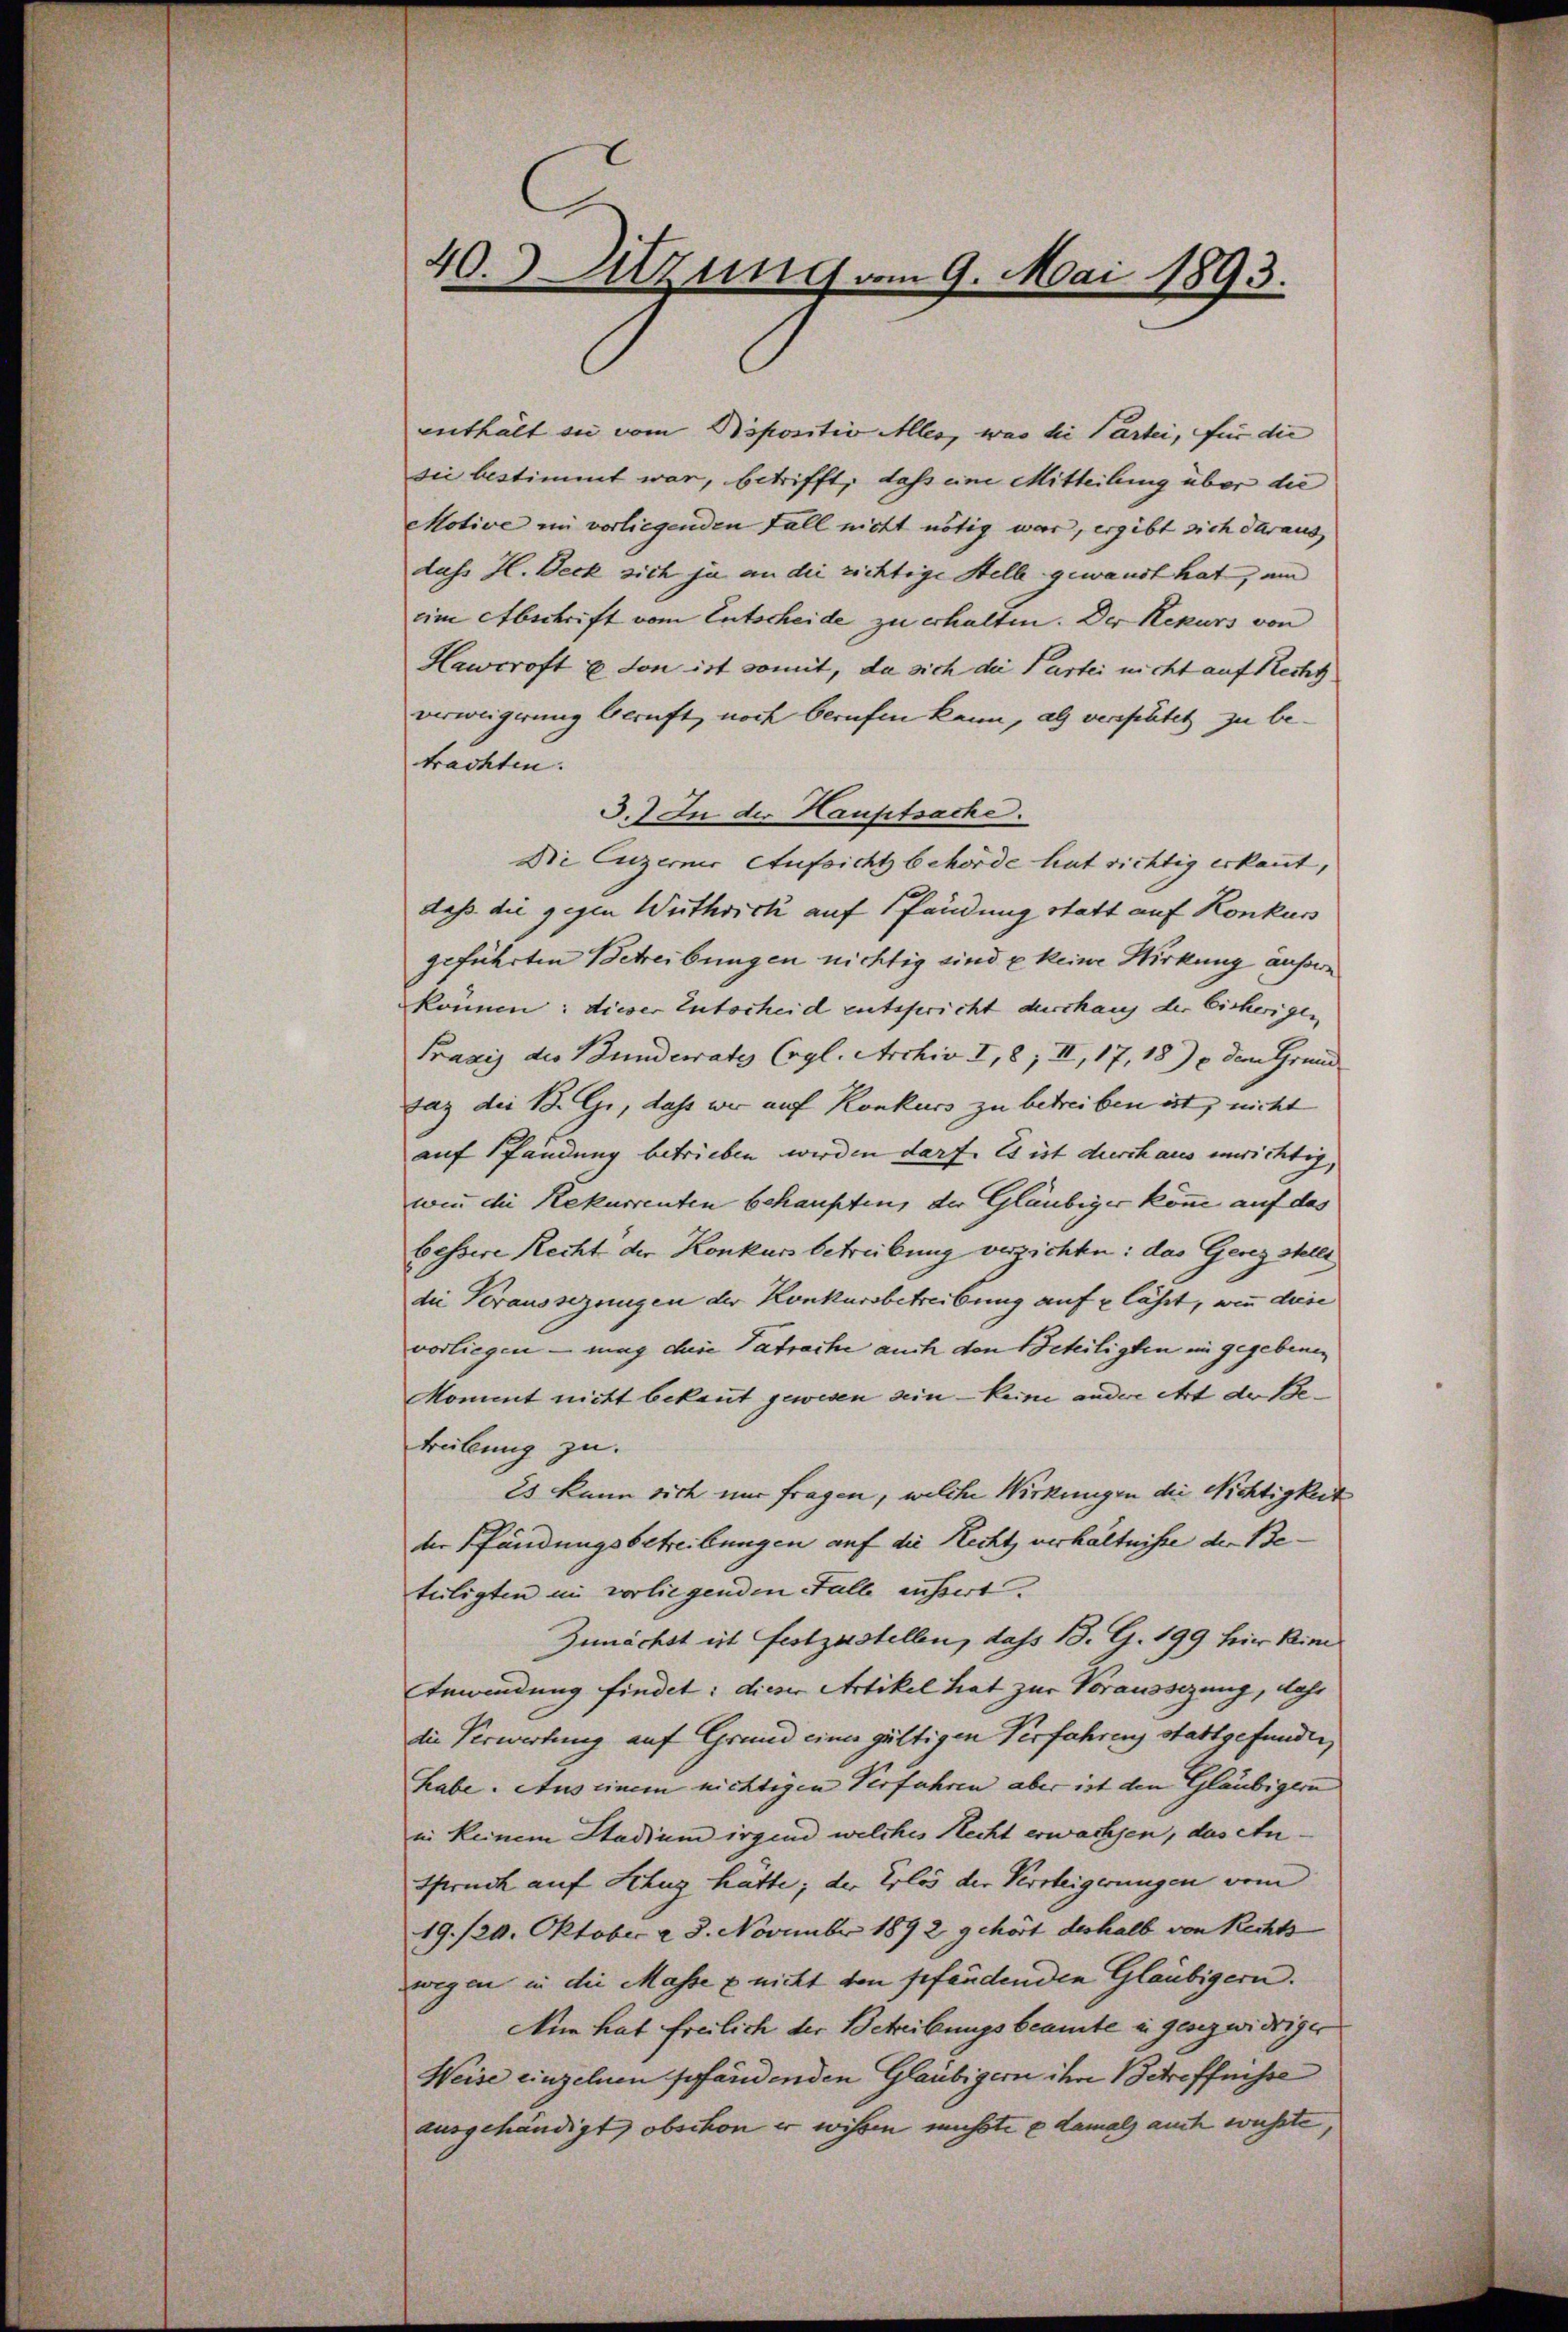
40. Sitzung vom 9. Mai 1893.

enthält sie vom Biposition Aller, was die Partei, für die
sie bestimmt war, betrifft, dass eine Mitteilung über die
Motive im vorliegenden Fall nicht nötig war, ergibt sich daraus
dass H. Beck sich ja an die richtige Stelle gewandt hat, um
eine Abschrift vom Entscheide zu erhalten. Der Rekurs von
Hawcroft u. don ist somit, da sich die Partei nicht auf Recht
verweigerung beruft, noch berufen kann, als verspätet zu be-
trachten.
3.) In der Hauptsache.
De luzerner Aufsicht behörde hat richtig erkannt,
daß die gegen Wuthrick auf Pfändung statt auf Konkurs
geführten Betreibungen nichtig sind u keine Wirkung äußere
können: dieser Entscheid entspricht durchaus der bisherigen
Praxis des Bunderate (vgl. Archiv I, 8, II, 17, 18) u. dem Grund
saz die B. G., daß wir auf Konkurs zu betreiben ist, nicht
auf Pfändung betrieben werden darf. Es ist durchaus einrichtig,
wenn die Rekurrenten behaupten, der Gläubiger könne auf das
bessere Recht der Konkurs betreibung verzichten: das Gerez stelle
die Veraussezungen der Konkursbetreibung auf lässt, wenn diese |
vorliegen – mag die Tatrache auch den Beteiligten in gegebenen
Mommt nicht bekannt gewesen sein keine andere Art der Be¬
Frübung zu.
Es kann sich nur fragen, welche Wirkungen die Nichtigkeit
der Pfändungsbetreibungen auf die Recht verhältnisse der Beteiligten im vorliegenden Falle äussert.
Zunächst ist festzustellen, dass B. G. 199 hier kind
Anwendung findet: dieser Artikel hat zur Voraussezung, dass
die Verwartung auf Grund einer gültigen Verfahrens stattgefunden,
habe. Aus einem nichtigen Verfahren aber ist den Gläubigern
in keinem Stadium irgend welches Recht erwachsen, das An¬
Spruch auf Schuz hätte; der Erlös der Versteigerungen vom
19./20. Oktober 28. November 1892 gehört deshalb von Rechts
wegen in die Masse & nicht den gefandenden Gläubigern.
Nun hat freilich der Betreibungsbeamte in gesezwidriger
Weise einzelnen pfändenden Gläubigern ihre Betreffnisse
ausgehändigt, obschon er wissen müsste e damals auch wusste,